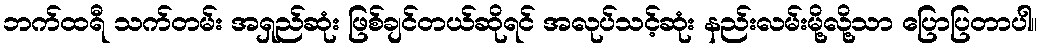
ဘက်ထရီ သက်တမ်း အရှည်ဆုံး ဖြစ်ချင်တယ်ဆိုရင် အလုပ်သင့်ဆုံး နည်းလမ်းမို့လို့သာ ပြောပြတာပါ။